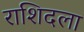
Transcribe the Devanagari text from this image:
राशिदला